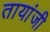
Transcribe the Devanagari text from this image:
तायांजी